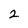
Character: 2